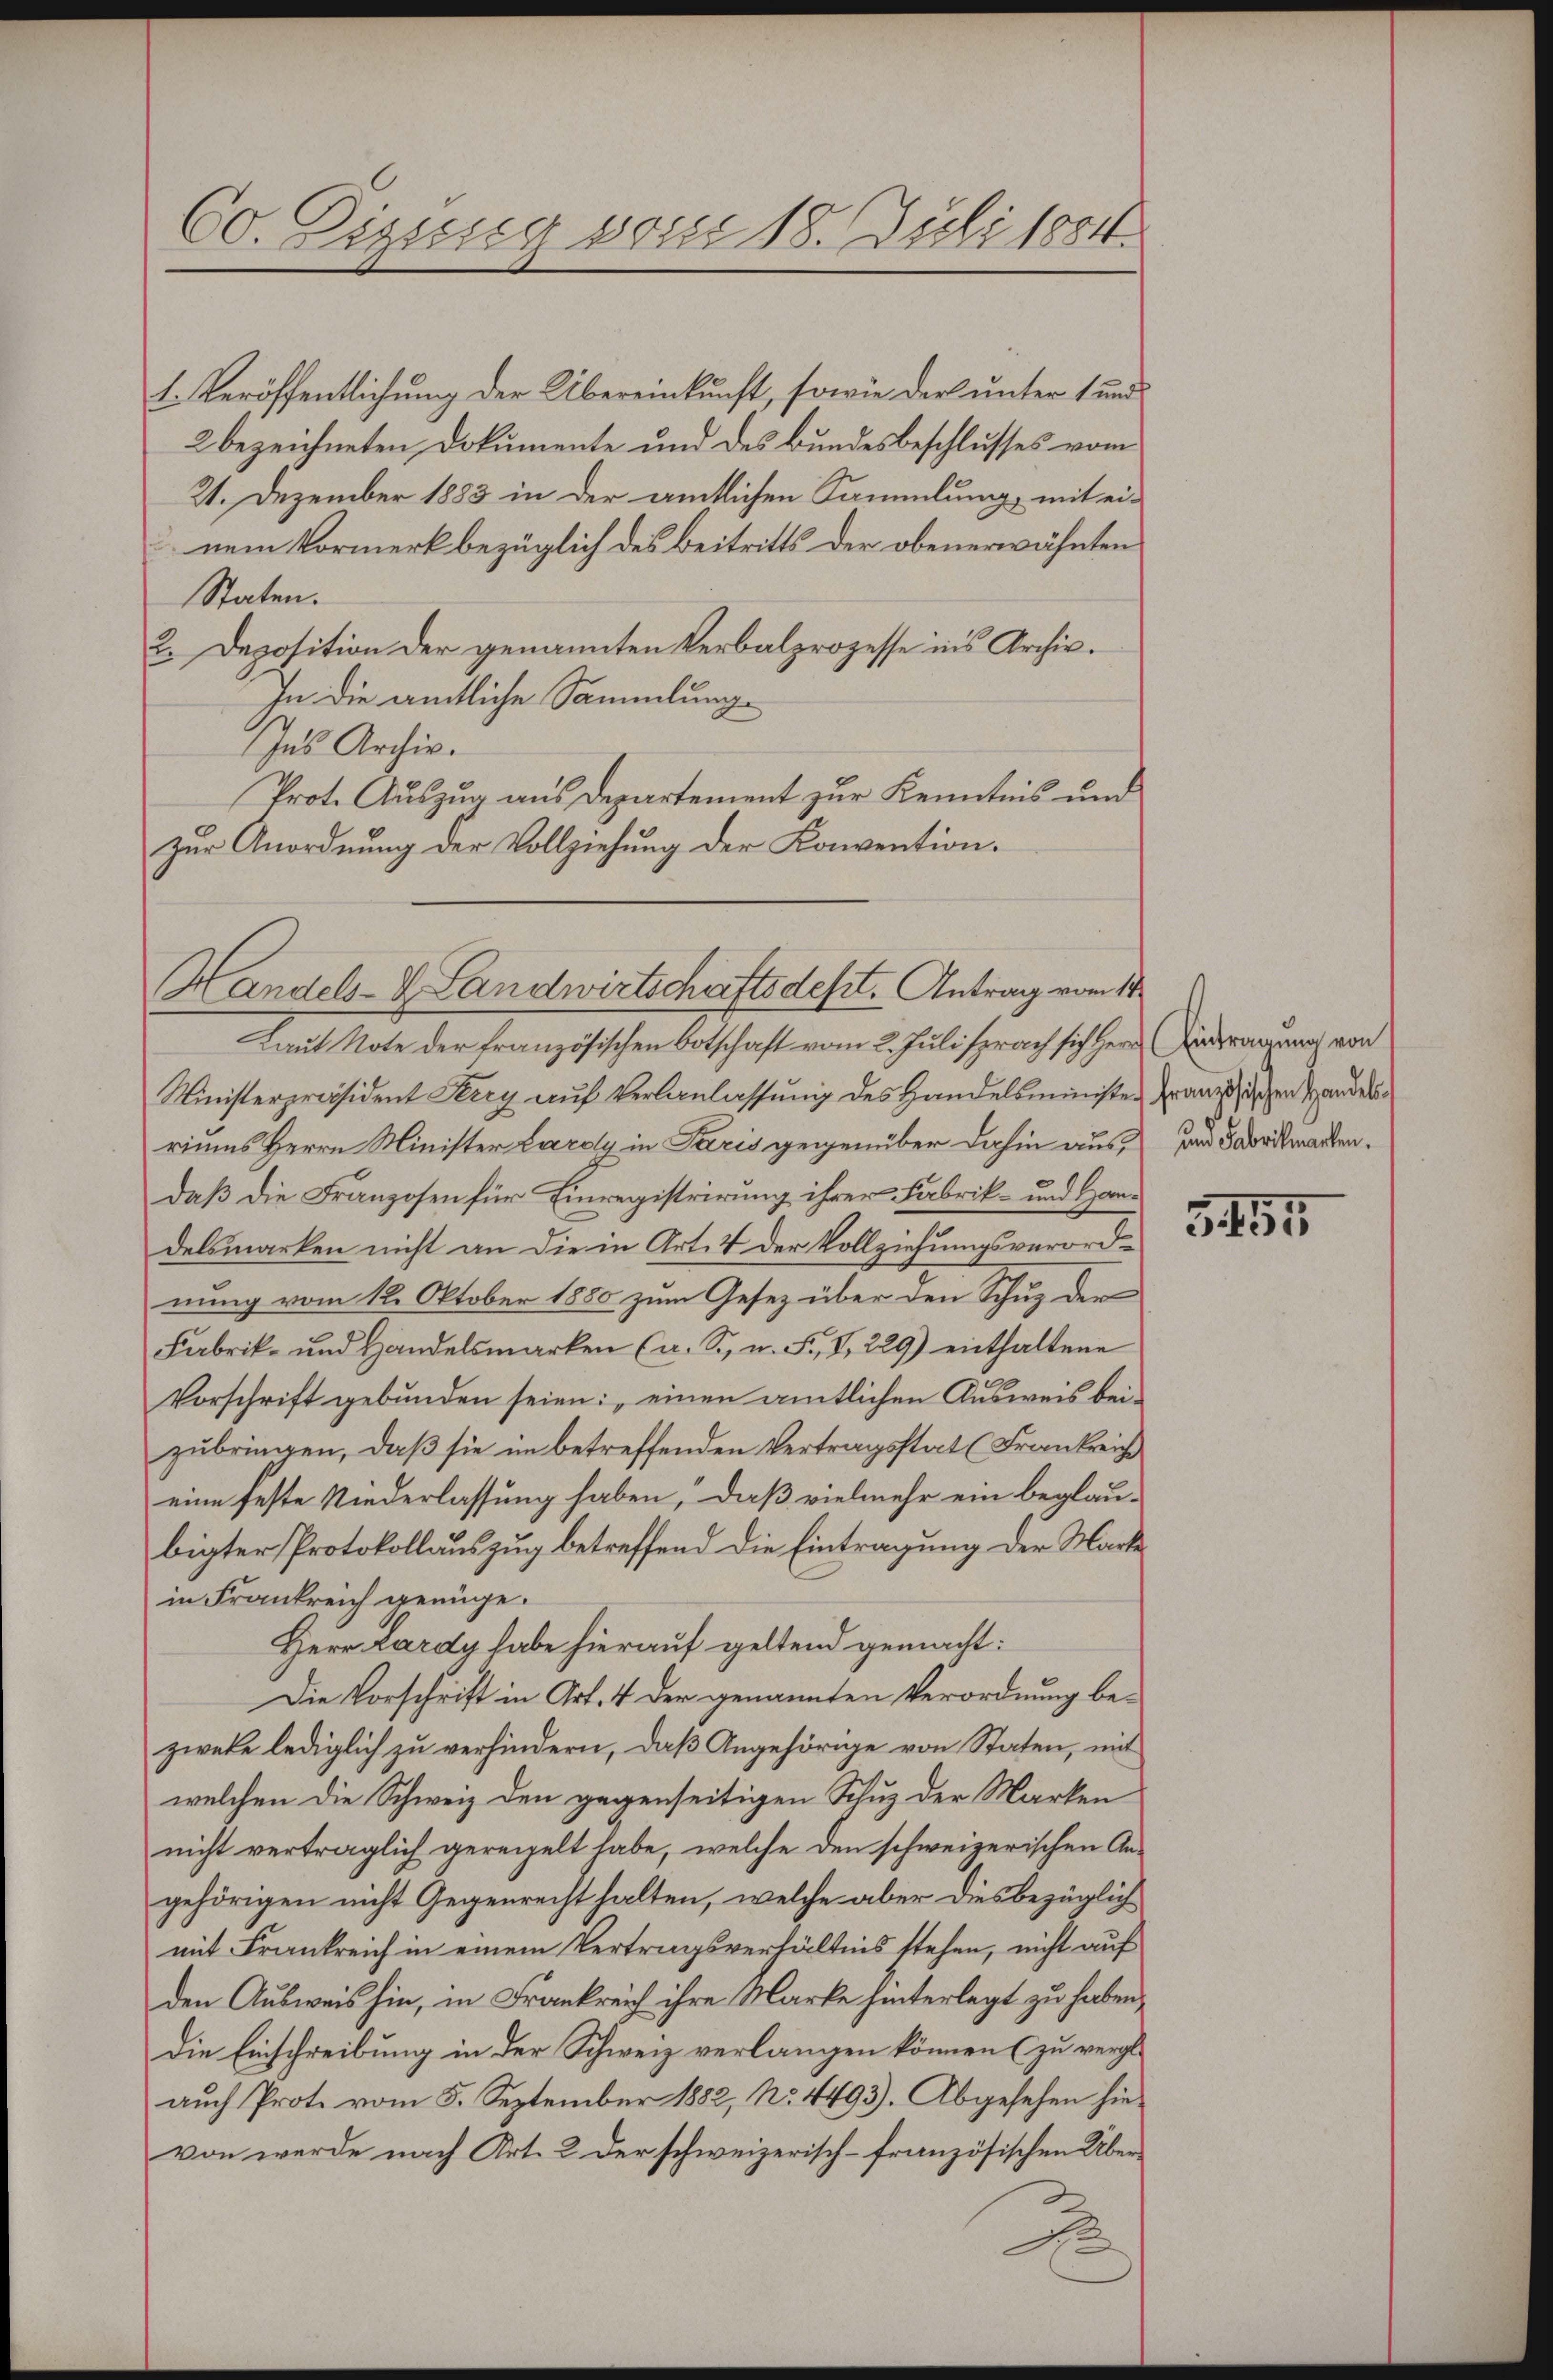
1. Veröffentlichung der Übereinkunft, sowie der unter 1 und
2 bezeichneten Dokumente und des Bundesbeschlusses vom
21. Dezember 1883 in der amtlichen Sammlung, mit ei-
nem Vormerk bezüglich des Beitritts der obenerwähnten
Staten.
2. Deposition der genannten Verbalprozesse in’s Archiv.
In die amtliche Sammlung
Ins Archiv.
Prot. Auszug aus Departement zur Kenntnis und
zŭr Anordnŭng der Vollziehŭng der Konvention.

60. Dizung vorei 18. Juli 1884.

Handels-V. Landwirtschaftsdest. Antrag vom 11.

Laut Note der französischen Botschaft vom 2. Juli sprach sich Herr Antragung von
Ministerpräsident Kerry auf Veranlassung des Handelsminister Franzischen Handel
riums Herrn Minister Lardy in Paris gegenüber dahin aus ad Fabrikwarten.
daß die Franzosen für Einregistrirung ihrer Fabrik- und Handelsmarken nicht an die in Art. 4 der Vollziehungsverordnung vom 12. Oktober 1880 zum Gesetz über den Schuz der
Fabrik- und Handelsmarken (a. S. u. F. V 229) enthaltene
Vorschrift gebunden seien: „einen amtlichen Ausweis beizubringen, daß sie im betreffenden Vertragsstat (Frankreich
eine feste Niederlassung haben, daß vielmehr ein beglau-
bigter Protokollauszug betreffend die Eintragung der Mark
in Frankreich genüge.
Herr Lardy habe hierauf geltend gemacht:
Die Vorschrift in Art. 4 der genannten Verordnung bezweke lediglich zu verhindern, daß Angehörige von Staten, mit
welchen die Schweiz den gegenseitigen Schuz der Marken
nicht verträglich gereigelt habe, welche den schweizerischen An-
gehörigen nicht Gegenrecht halten, welche aber diesbezüglich
mit Frankreich in einem Vertragsverhältnis stehen, nicht auf
den Ausweis hin, in Frankreich ihre Marke hinterlegt zu haben,
Die Einschreibung in der Schweiz verlangen können (zu vergl.
auch Prote vom 5. September 1882, No 4493). Abgesehen hievon werde nach Art. 2 der schweizerisch-französischen Über¬
.

5455